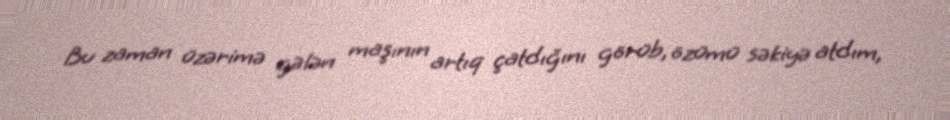
Bu zaman üzərimə gələn maşının artıq çatdığını görüb, özümü səkiyə atdım,